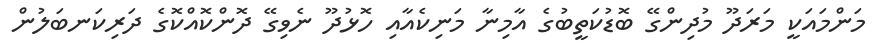
މަންމައަކީ މަރަދޫ މުދިންގޭ ބޮޑުކަތީބުގެ އާމިނާ މަނިކެއާއި ހޮޅުދޫ ނެވިގޭ ދޮންކޮއްކޮގެ ދަރިކަނބަލުން